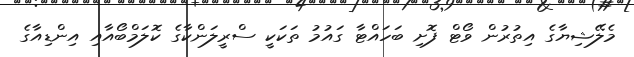
މެލޭޝިޔާގެ އިތުރުން ވޯޓް ފޮށި ބަހައްޓާ ގައުމު ތަކަކީ ސްރީލަންކާގެ ކޮލަމްބޯއާއި އިންޑިއާގެ